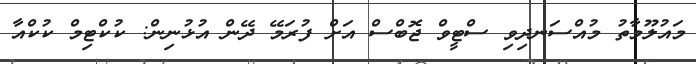
މައުލޫމާތު މުއްސަނދިވި ސްޓީވް ޖޮބްސް އަށް ފުރަމޭ ދޭން އުޅުނިން: ކުކްޓިމް ކުކްއާ